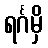
ရင်္ဂမှိ